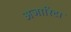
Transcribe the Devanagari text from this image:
अजारिटा